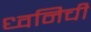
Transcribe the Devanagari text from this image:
ध्वनिची